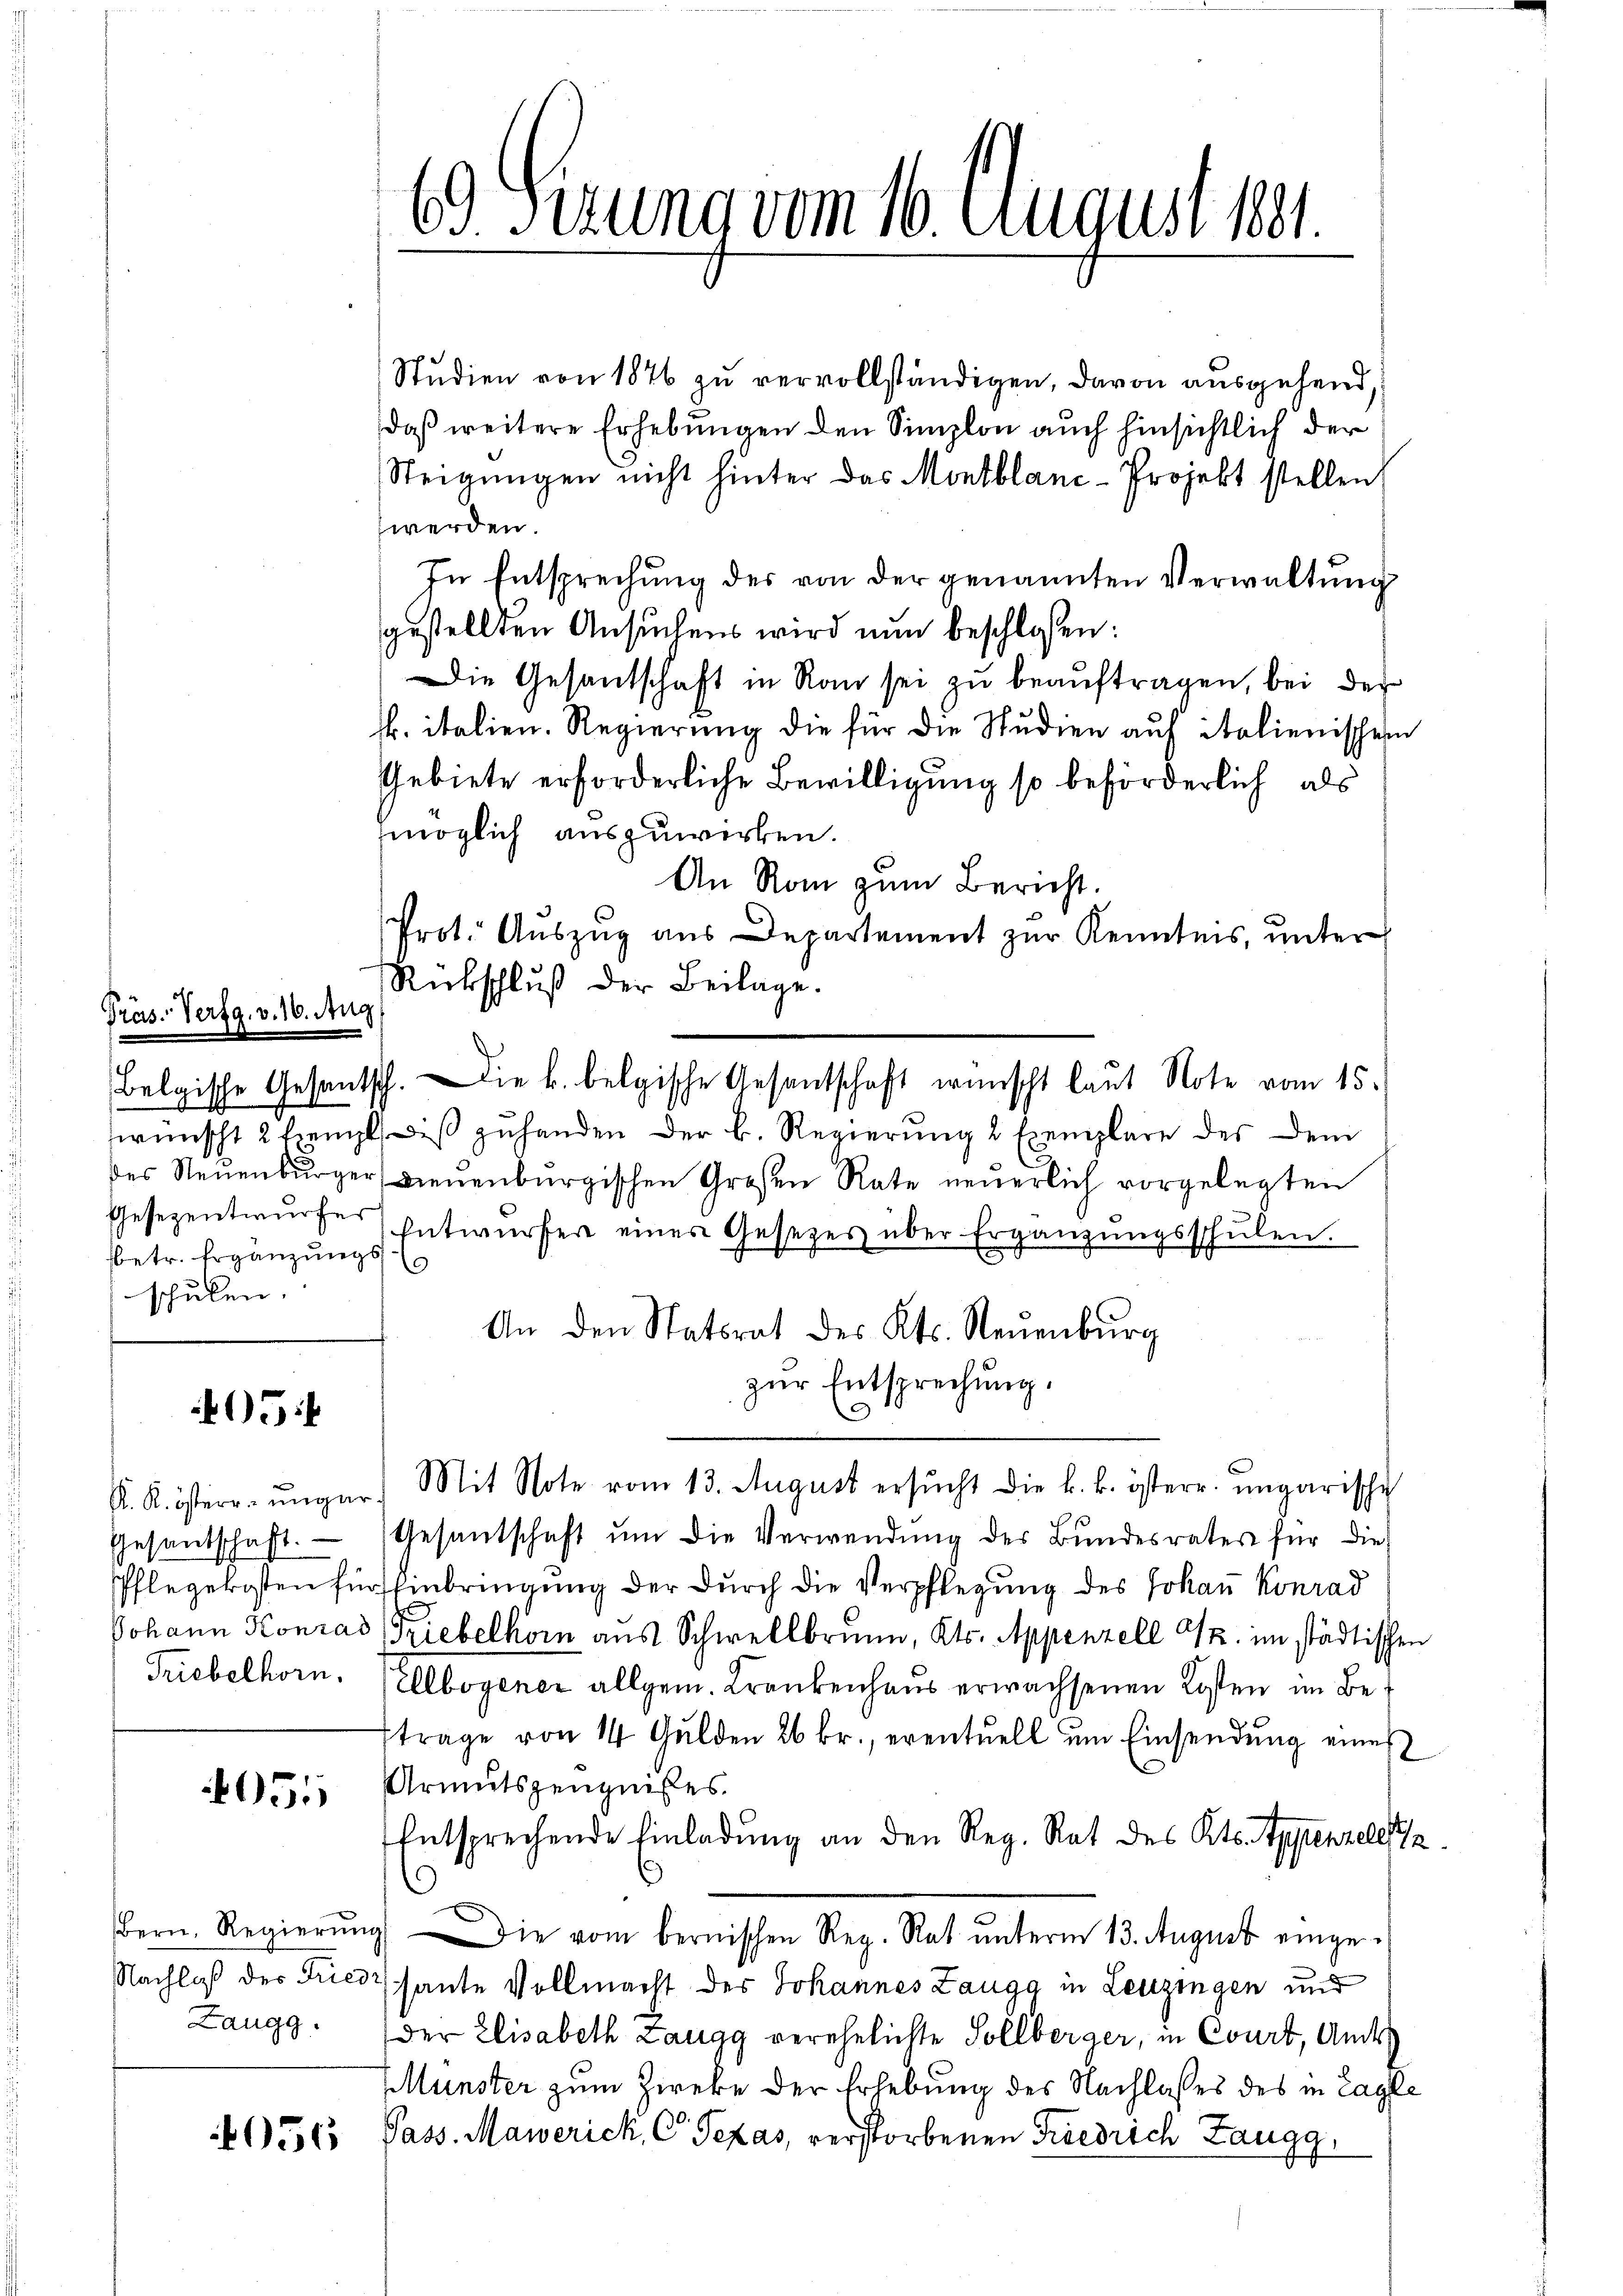
Präs. Verfg. v. 16. Aug
betr. Ergänzungs
schulen.

05

K. K. östern- ungar.

4055

Studien von 1876 zu vervollständigen, davon ausgehend,
daß weitere Erhebungen den Simplon auch hinsichtlich der
Steigungen nicht hinter das Montblanc-Projekt stellen,
werden.
In Entsprechung des von der genannten Verwaltung
gestellten Ansuchens wird nun beschlossen:
Die Gesandschaft in Ran sei zu beaŭftragen, bei der
k. italien. Regierung die für die Studien auf italienischein
Gebiete erforderliche Bewilligung so beförderlich als
möglich auszuwirken.
An Rom zum Bericht.
Prot. Auszug aus Departement zur Kenntnis, unter¬
Rückschluß der Beilage.
belgische Gesantsch. Die k. belgische Gesantschaft wünscht laut Note vom 15.
wünscht 2 Exemplis zuhanden der B. Regierung & Exemplare des dem
des Neŭenbŭrger, dienenbŭrgischen Großen Rate neŭerlich vorgelegten
Gesezentwurfe Entwurfer eines Gesetzes über Ergänzŭngsschŭlen.
An den Statsrat des Kts. Neuenburg
zŭr Entsprechung.
Mit Note vom 13. August ersŭcht die k. k. österr. ungarische
Gesantschaft. Gesantschaft ŭm die Verwendŭng der Bŭndesrates für die
Pflegekosten für Einbringung der durch die Verpflegung des Johan Konrad
Johann Konrad (Triebelhorn aus Schwellbrunn, Kts. Appenzell Mk. im städtischen
Triebelhorn. (Ellbogener allgem. Krankenhaus erwachsenen Kosten im Betrage von 14 Gulden 26 fr., eventuell um Einsendung eines
Armutszeugnisses.
Entsprechende Einladung an den Reg. Rat des Kts. Typenzell, 72
Bern. Regierŭng die vom bernischen Reg. Rat ŭnterm 13. August einge-
Nachlaß des Fried sante Vollmacht des Johannes Zaugg in Leuzingen und
Zaugg. (der Elisabeth Langg verehelichte Sollberger, in Court, Andess
Münster zum Zireke der Erhebung des Nachlasses des in Lagle
656 Pass. Mawerich, C. Pezas, verstorbenen Friedrich Zaugg,

6 Perung vom 16. August 1881.